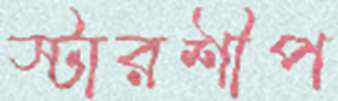
স্টারশীপ